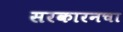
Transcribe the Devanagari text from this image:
सरकारनचा